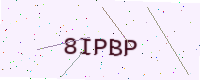
Text: 8IPBP